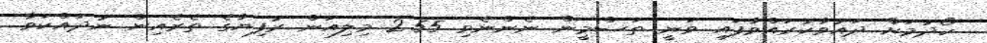
ހޯދުމަށް ދައުވާކުރައްވާފައި ވަނީ ތަސްމީން ނެންނެވި 2.55 މިލިއަން ރުފިޔާގެ ތެރެއިން ނުދައްކަވާ